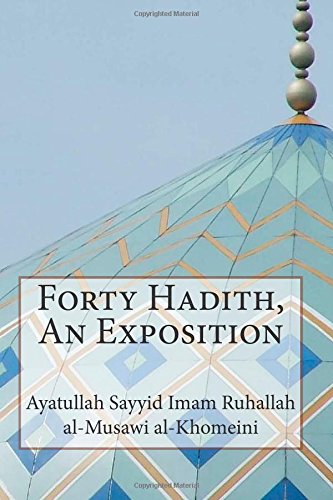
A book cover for Forty Hadith, An Exposition; Ayatullah Sayyid Imam Ruhallah al-Musawi al-Khomeini; Religion & Spirituality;